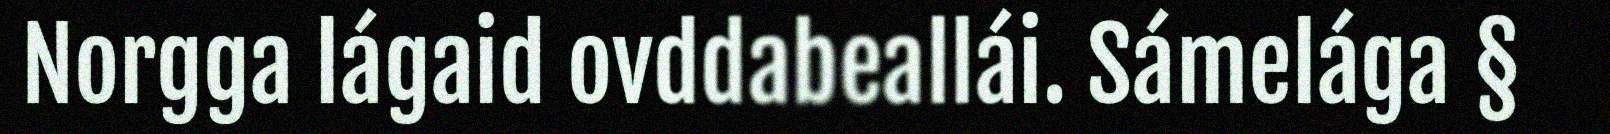
Norgga lágaid ovddabeallái. Sámelága §